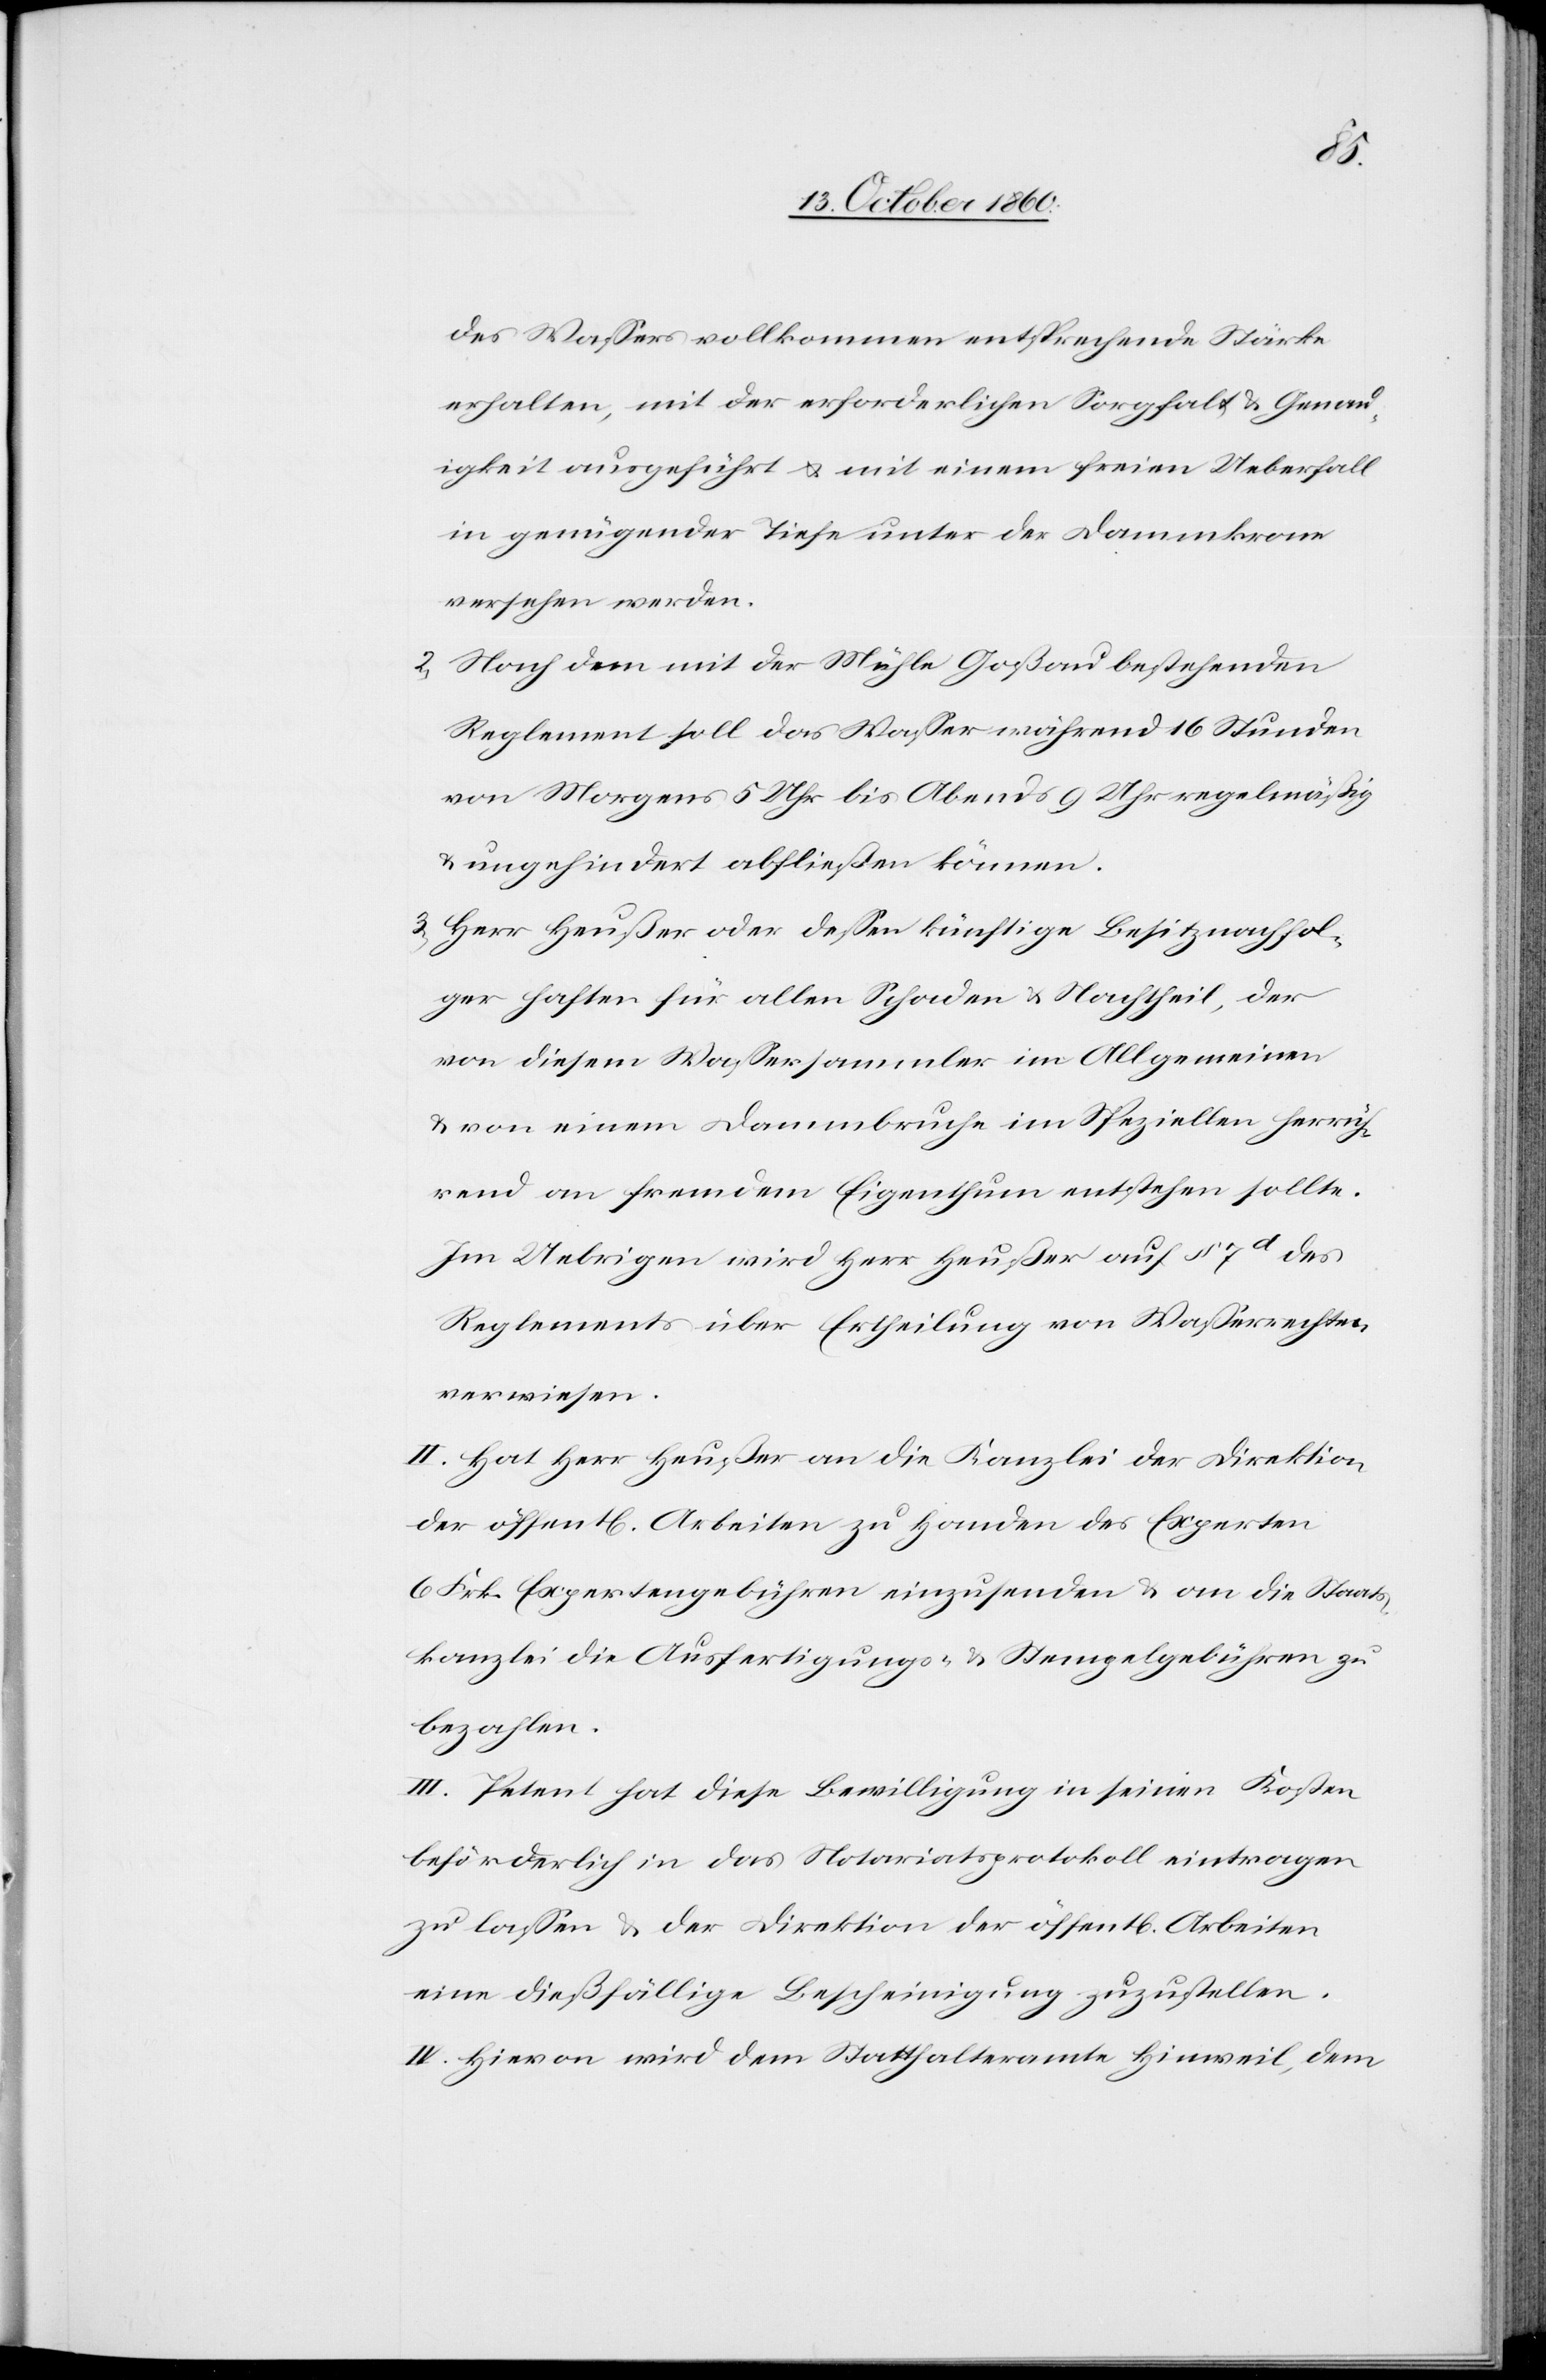
des Wassers vollkommen entsprechende Stärke
erhalten, mit der erforderlichen Sorgfalt u. Genau¬
igkeit ausgeführt u. mit einem freien Ueberfall
in genügender Tiefe unter der Dammkrone
versehen werden.
2) Nach dem mit der Mühle Goßau bestehenden
Reglement soll das Wasser während 16 Stunden
von Morgens 5 Uhr bis Abends 9 Uhr regelmäßig
u. ungehindert abfließen können.
3) Herr Heußer oder dessen künftige Besitznachfol¬
ger haften für allen Schaden u. Nachtheil, der
von diesem Wassersammler im Allgemeinen
u. von einem Dammbruche im Speziellen herrüh¬
rend an fremdem Eigenthum entstehen sollte.
Im Uebrigen wird Herr Heußer auf § 7d des
Reglements über Ertheilung von Wasserrechten
verwiesen.
II. Hat Herr Heußer an die Kanzlei der Direktion
der öffent[lichen] Arbeiten zu Handen des Experten
6 Frk. Expertengebühren einzusenden u. an die Staats¬
kanzlei die Ausfertigungs- u. Stempelgebühren zu
bezahlen.
III. Petent hat diese Bewilligung in seinen Kosten
beförderlich in das Notariatsprotokoll eintragen
zu lassen u. der Direktion der öffentl. Arbeiten
eine dießfällige Bescheinigung zuzustellen.
IV. Hievon wird dem Statthalteramte Hinweil, dem